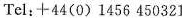
Tel:+44(0)1456 450321